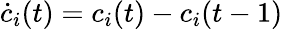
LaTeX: \dot{c}_{i}(t)=c_{i}(t)-c_{i}(t-1)